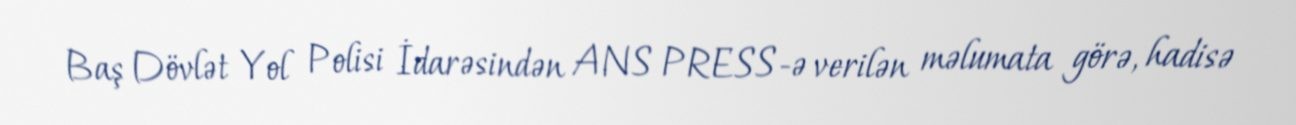
Baş Dövlət Yol Polisi İdarəsindən ANS PRESS-ə verilən məlumata görə, hadisə